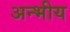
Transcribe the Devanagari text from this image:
अन्भीय